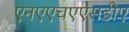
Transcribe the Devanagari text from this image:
एनएएचएएसडीए